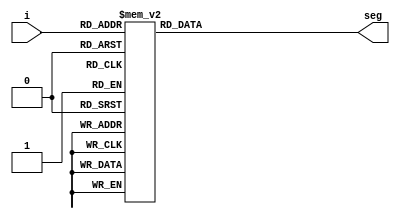
`timescale 1ns / 1ps
//////////////////////////////////////////////////////////////////////////////////
// Company: 
// Engineer: 
// 
// Design Name: 
// Module Name: lab4_4_display
// Project Name: 
// Target Devices: 
// Tool Versions: 
// Description: 
// 
// Dependencies: 
// 
// Revision:
// Revision 0.01 - File Created
// Additional Comments:
// 
//////////////////////////////////////////////////////////////////////////////////

`define SS_0 8'b00000011 // 0
`define SS_1 8'b10011111 // 1
`define SS_2 8'b00100101 // 2
`define SS_3 8'b00001101 // 3
`define SS_4 8'b10011001 // 4
`define SS_5 8'b01001001 // 5
`define SS_6 8'b01000001 // 6
`define SS_7 8'b00011111 // 7
`define SS_8 8'b00000001 // 8
`define SS_9 9'b00001001 // 9

module lab4_4_display(seg, i);

output [7:0] seg;
input [3:0] i;

reg [7:0] seg;

always@*
    case(i)
        4'd0: seg = `SS_0; 
        4'd1: seg = `SS_1; 
        4'd2: seg = `SS_2; 
        4'd3: seg = `SS_3; 
        4'd4: seg = `SS_4; 
        4'd5: seg = `SS_5; 
        4'd6: seg = `SS_6; 
        4'd7: seg = `SS_7; 
        4'd8: seg = `SS_8; 
        4'd9: seg = `SS_9; 
        default: seg = `SS_0;
    endcase 
endmodule